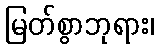
မြတ်စွာဘုရား၊